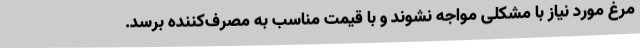
مرغ مورد نیاز با مشکلی مواجه نشوند و با قیمت مناسب به مصرف‌کننده برسد.